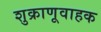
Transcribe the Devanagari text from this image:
शुक्राणूवाहक